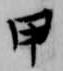
甲